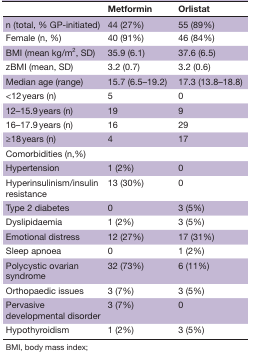
|  | Metformin | Orlistat |
 | --- | --- | --- |
 | n (total, % GP-initiated) | 44 (27%) | 55 (89%) |
 | Female (n, %) | 40 (91%) | 46 (84%) |
 | BMI (mean kg/m2, SD) | 35.9 (6.1) | 37.6 (6.5) |
 | zBMI (mean, SD) | 3.2 (0.7) | 3.2 (0.6) |
 | Median age (range) | 15.7 (6.5–19.2) | 17.3 (13.8–18.8) |
 | <12 years (n) | 5 | 0 |
 | 12–15.9 years (n) | 19 | 9 |
 | 16–17.9 years (n) | 16 | 29 |
 | ≥18 years (n) | 4 | 17 |
 | Comorbidities (n,%) |  |  |
 | Hypertension | 1 (2%) | 0 |
 | Hyperinsulinism/insulin resistance | 13 (30%) | 0 |
 | Type 2 diabetes | 0 | 3 (5%) |
 | Dyslipidaemia | 1 (2%) | 3 (5%) |
 | Emotional distress | 12 (27%) | 17 (31%) |
 | Sleep apnoea | 0 | 1 (2%) |
 | Polycystic ovarian syndrome | 32 (73%) | 6 (11%) |
 | Orthopaedic issues | 3 (7%) | 3 (5%) |
 | Pervasive developmental disorder | 3 (7%) | 0 |
 | Hypothyroidism | 1 (2%) | 3 (5%) |